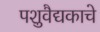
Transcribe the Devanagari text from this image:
पशुवैद्यकाचे